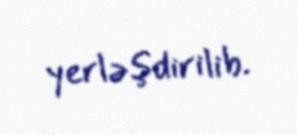
yerləşdirilib.